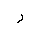
Letter: _ra